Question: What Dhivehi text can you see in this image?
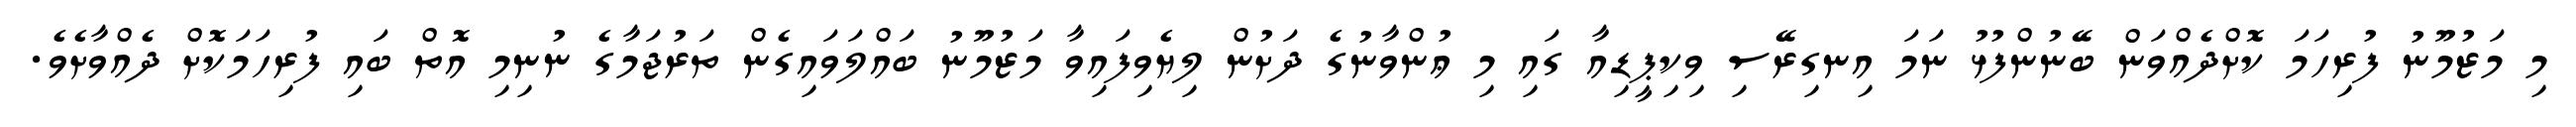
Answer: މި މަޒުމޫނު ފުރިހަމަ ކޮށްދެއްވަން ބޭނުންފުޅު ނަމަ އިނގިރޭސި ވިކިޕީޑިއާ ގައި މި ޢުންވާނުގެ ދަށުން ލިޔެވިފައިވާ މަޒުމޫނު ބައްލަވައިގެން ތަރުޖަމާގެ ނުނިމި އޮތް ބައި ފުރިހަމަކޮށް ދެއްވާށެވެ.